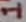
Text: 1